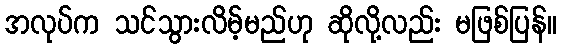
အလုပ်က သင်သွားလိမ့်မည်ဟု ဆိုလို့လည်း မဖြစ်ပြန်။